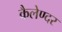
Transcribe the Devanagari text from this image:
कैलेण्दर